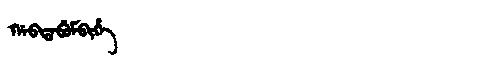
Manchu: ᡤᠠᠪᡨᠠᠪᡠᠮᠪᡳᡥᡝ
Romanization: GABTABUMBIHE